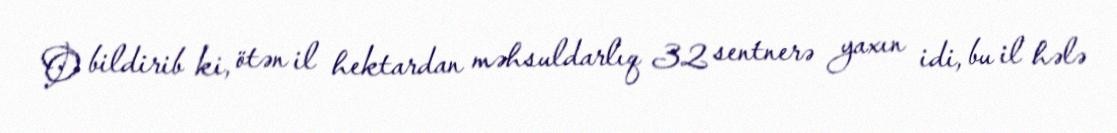
O bildirib ki, ötən il hektardan məhsuldarlıq 32 sentnerə yaxın idi, bu il hələ